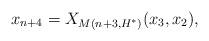
LaTeX: \begin{align*}x_{n+4} = X_{M(n+3, H^*)}(x_3, x_2),\end{align*}